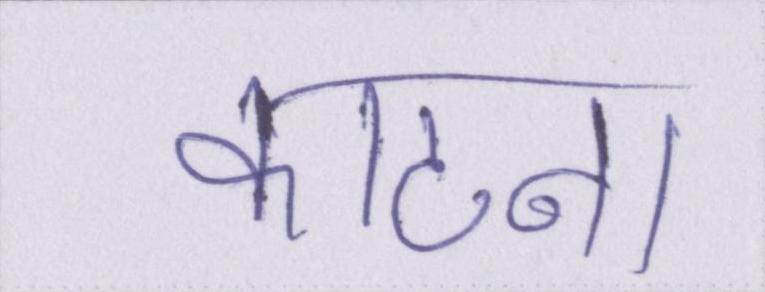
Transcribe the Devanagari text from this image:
काटना